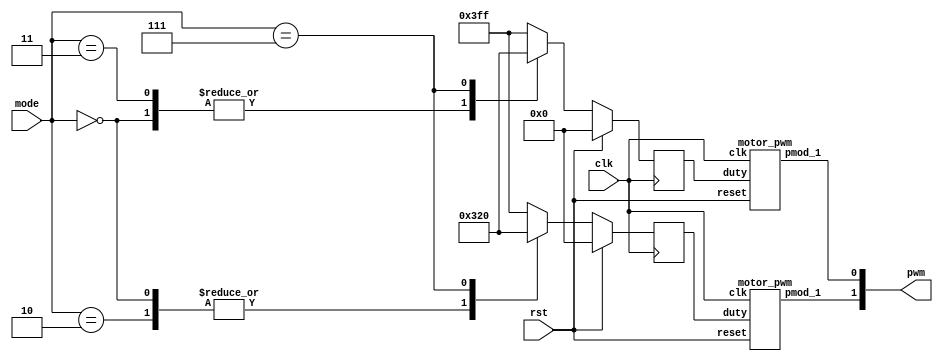
module motor(
  input clk,
  input rst,
  input [2:0] mode,
  output [1:0] pwm  // {left, right}
);

  // mode
  parameter STOP = 3'd0;
  parameter GO_FORWARD = 3'd1;
  parameter TURN_LEFT = 3'd2;
  parameter TURN_RIGHT = 3'd3;
  parameter GO_BACKWARD = 3'd7;

  // duty
  parameter SPEED_STOP   = 10'd0;
  parameter SPEED_SLOW   = 10'd800;
  parameter SPEED_FAST   = 10'd1023;

  reg [9:0] next_left_duty, next_right_duty;
  reg [9:0] left_duty, right_duty;
  wire left_pwm, right_pwm;

  motor_pwm m0(
    .clk(clk),
    .reset(rst),
    .duty(left_duty),
    .pmod_1(left_pwm)
  );
  motor_pwm m1(
    .clk(clk),
    .reset(rst),
    .duty(right_duty),
    .pmod_1(right_pwm)
  );

  assign pwm = {left_pwm, right_pwm};

  always @(posedge clk) begin
    if (rst) begin
      left_duty <= 10'd0;
      right_duty <= 10'd0;
    end else begin
      left_duty <= next_left_duty;
      right_duty <= next_right_duty;
    end
  end

  // TODO: take the right speed for different situation
   always @(*) begin
      case (mode)
        STOP: begin
          next_left_duty = SPEED_STOP;
          next_right_duty = SPEED_STOP;
        end
        GO_FORWARD: begin
          next_left_duty = SPEED_FAST;
          next_right_duty = SPEED_FAST;
        end
        TURN_LEFT: begin
          next_left_duty = SPEED_STOP;
          next_right_duty = SPEED_FAST;
        end
        TURN_RIGHT: begin
          next_left_duty = SPEED_FAST;
          next_right_duty = SPEED_STOP;
        end
        GO_BACKWARD: begin
          next_left_duty = SPEED_SLOW;
          next_right_duty = SPEED_SLOW;
        end
        default: begin
         next_left_duty = SPEED_FAST;
         next_right_duty = SPEED_FAST;
        end
      endcase
   end

endmodule

module motor_pwm (
  input clk,
  input reset,
  input [9:0] duty,
  output pmod_1 //PWM
);

  PWM_gen pwm_0 (
    .clk(clk),
    .reset(reset),
    .freq(32'd25000),
    .duty(duty),
    .PWM(pmod_1)
  );

endmodule

//generate PWM by input frequency & duty
module PWM_gen (
  input wire clk,
  input wire reset,
  input [31:0] freq,
  input [9:0] duty,
  output reg PWM
);
  wire [31:0] count_max = 100_000_000 / freq;
  wire [31:0] count_duty = count_max * duty / 1024;
  reg [31:0] count;

  always @(posedge clk, posedge reset) begin
    if (reset) begin
      count <= 0;
      PWM <= 0;
    end else if (count < count_max) begin
      count <= count + 1;
      if(count < count_duty)
        PWM <= 1;
      else
        PWM <= 0;
    end else begin
      count <= 0;
      PWM <= 0;
    end
  end
endmodule